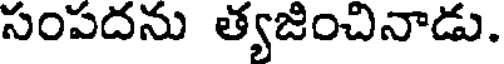
సంపదను త్యజించినాడు.